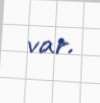
var.